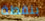
بنقطة